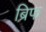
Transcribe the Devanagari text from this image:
ब्रिफ